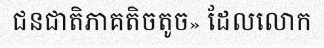
ជនជាតិភាគតិចតូច» ដែលលោក